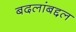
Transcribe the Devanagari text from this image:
बदलांबद्दल